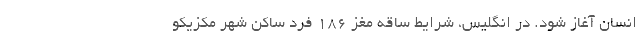
انسان آغاز شود. در انگلیس، شرایط ساقه مغز 186 فرد ساکن شهر مکزیکو